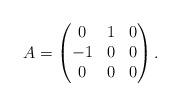
LaTeX: \begin{align*}A = \begin{pmatrix}0 & 1 & 0 \\-1 & 0 & 0 \\0 & 0 & 0\end{pmatrix}.\end{align*}